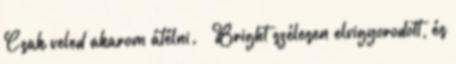
Csak veled akarom átélni. – Bright szélesen elvigyorodott, és